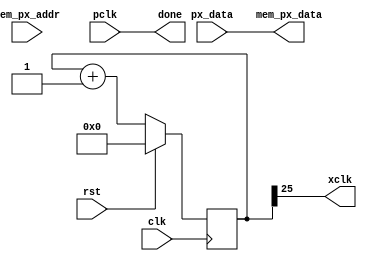
`timescale 1ns / 1ps
//////////////////////////////////////////////////////////////////////////////////
// Company: 
// Engineer: 
// 
// Design Name: 
// Module Name:    cam_read 
// Project Name: 
// Target Devices: 
// Tool versions: 
// Description: 
//
// Dependencies: 
//
// Revision: 
// Revision 0.01 - File Created
// Additional Comments: 
//
//////////////////////////////////////////////////////////////////////////////////
module camara #(
		parameter AW = 15 // Cantidad de bits  de la direccin 
		)(
		input clk,
		input rst,
		output xclk,
		input pclk,
		input [7:0] px_data,
		output done,
		input [AW-1:0] mem_px_addr,
		output [7:0]  mem_px_data
		/* incluir el resto de seales necesarias*/
   );
	

/******************************************************************
HDL EJEMPLO  SE DEBE MODIFICAR 
******************************************************************/
	
	reg [26:0] cfreq=0;
	always @(posedge clk) begin
  		if(rst==1) begin
			cfreq <= 0;
		end else begin
			cfreq <=cfreq+1;
		end
	end
	assign xclk = cfreq[25];
	assign done = pclk;
	assign mem_px_data =px_data;

/********************************************************************************
Por favor colocar en este archivo el desarrollo realizado por el grupo para la 
captura de datos de la camara 
debe tener en cuenta el nombre de las entradas  y salidad propuestas 
********************************************************************************/

endmodule